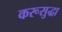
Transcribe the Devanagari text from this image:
करूसुद्धा